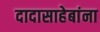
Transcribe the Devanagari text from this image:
दादासाहेबांना